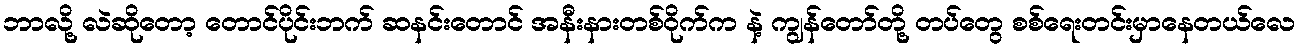
ဘာလို့ လဲဆိုတော့ တောင်ပိုင်းဘက် ဆနင်းတောင် အနီးနားတစ်ဝိုက်က နဲ့ ကျွန်တော်တို့ တပ်တွေ စစ်ရေးတင်းမှာနေတယ်လေ